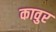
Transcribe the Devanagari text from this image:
कावुर